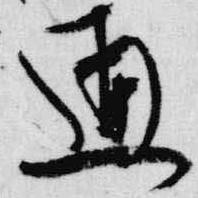
通